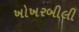
ખોખરબીલી